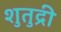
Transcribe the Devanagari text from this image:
शुतुद्री